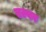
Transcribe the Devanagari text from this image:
एल्वर